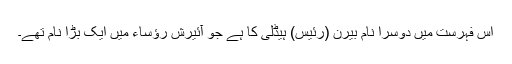
اس فہرست میں دوسرا نام بیرن (رئیس) ہیڈلی کا ہے جو آئیرش رؤساء میں ایک بڑا نام تھے۔